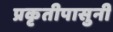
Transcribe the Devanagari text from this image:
प्रकृतीपासुनी